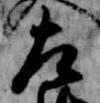
左